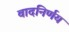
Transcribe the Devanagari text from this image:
वादनिर्णय